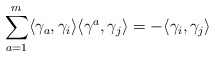
\begin{align*}\sum_{a=1}^m \langle \gamma_a, \gamma_{i}\rangle \langle \gamma^a, \gamma_{j}\rangle=-\langle \gamma_i,\gamma_j\rangle\end{align*}